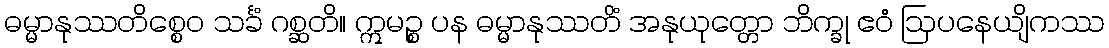
ဓမ္မာနုဿတိစ္စေဝ သင်္ခံ ဂစ္ဆတိ။ ဣမဉ္စ ပန ဓမ္မာနုဿတိံ အနုယုတ္တော ဘိက္ခု ဧဝံ ဩပနေယျိကဿ